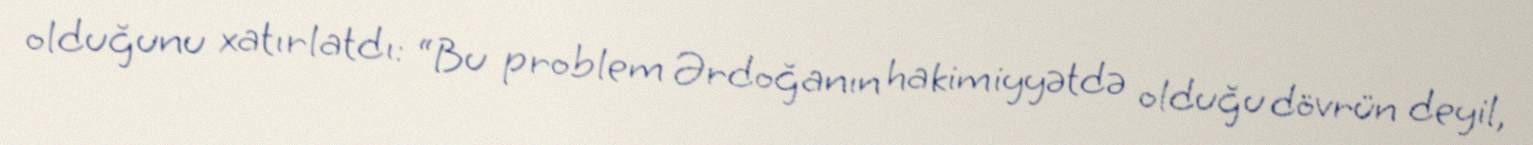
olduğunu xatırlatdı: “Bu problem Ərdoğanın hakimiyyətdə olduğu dövrün deyil,